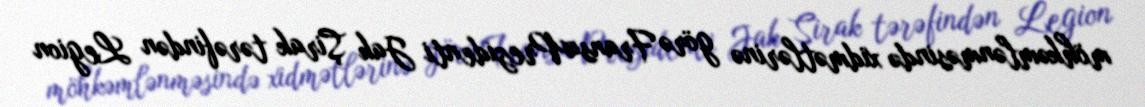
möhkəmlənməsində xidmətlərinə görə FransaPrezidenti Jak Şirak tərəfindən Legion